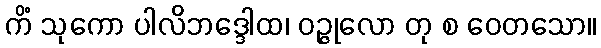
ကိံ သုကော ပါလိဘဒ္ဒေါထ၊ ဝဉ္ဇုလော တု စ ဝေတသော။